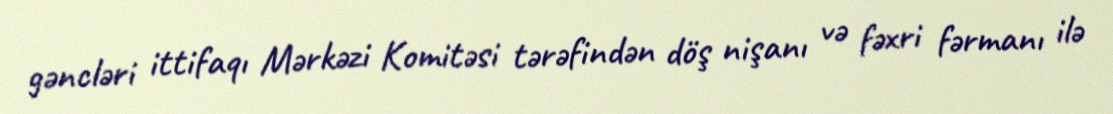
gəncləri ittifaqı Mərkəzi Komitəsi tərəfindən döş nişanı və fəxri fərmanı ilə